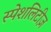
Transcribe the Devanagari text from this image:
स्पेशलिटीज़